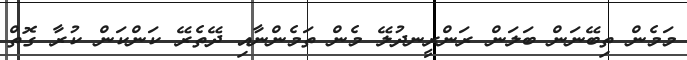
މަމެން ތިބޭނަން ބަލަން ރަންރީނދުލޭ މެން ތަމެންނާއި ދޭތެރޭ ކަންކަން ކުރާ ގޮތް